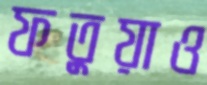
ফতুয়াও